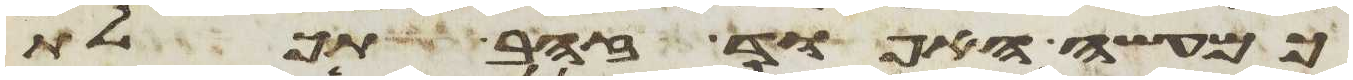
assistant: כמעשה האפוד זהב תכלת